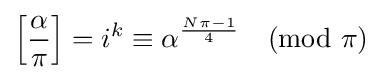
\left[{\frac {\alpha }{\pi }}\right]=i^{k}\equiv \alpha ^{\frac {N\pi -1}{4}}{\pmod {\pi }}